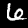
Label: 6